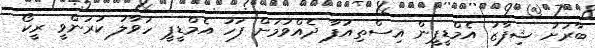
ބާރަށު ޝިފާޒު އެމްޑީޕީން އިސްތިއުފާ ދެއްވުމަށް ފަހު އެމްޑީޕީ ހަވާލު ކުރަންވީ ރީކޯ